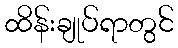
ထိန်းချုပ်ရာတွင်